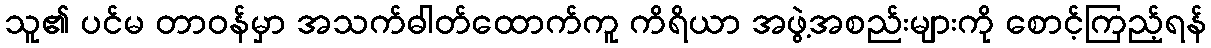
သူ၏ ပင်မ တာဝန်မှာ အသက်ဓါတ်ထောက်ကူ ကိရိယာ အဖွဲ့အစည်းများကို စောင့်ကြည့်ရန်